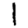
Digit: 1